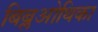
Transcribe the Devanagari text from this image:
बिब्लओथिका